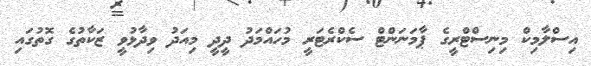
އިސްލާމިކް މިނިސްޓްރީގެ ޕާމަނަންޓް ސެކްރެޓަރީ މުހައްމަދު ދީދީ މިއަދު ވިދާޅުވީ ޒަކާތުގެ ގޮތުގައި